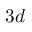
3 d